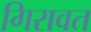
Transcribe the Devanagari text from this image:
गिरावत